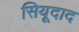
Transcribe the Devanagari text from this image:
सियूदाद